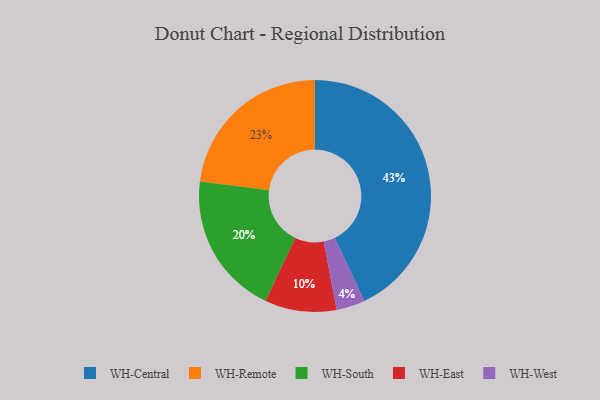
{"axis": {"x": "Category", "y": "Percentage"}, "legend": ["WH-Central", "WH-East", "WH-Remote", "WH-South", "WH-West"], "data": [{"x": "WH-Remote", "y": 23, "type": "WH-Remote"}, {"x": "WH-Central", "y": 43, "type": "WH-Central"}, {"x": "WH-West", "y": 4, "type": "WH-West"}, {"x": "WH-South", "y": 20, "type": "WH-South"}, {"x": "WH-East", "y": 10, "type": "WH-East"}]}